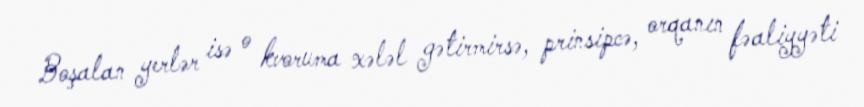
Boşalan yerlər isə o kvoruma xələl gətirmirsə, prinsipcə, orqanın fəaliyyəti